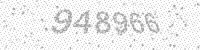
Solution: 948966